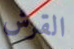
القرش